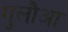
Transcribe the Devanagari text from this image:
गुलौआ